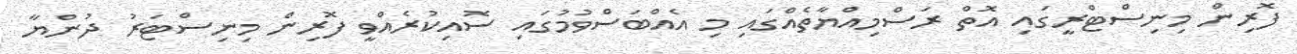
ފޮރިން މިނިސްޓްރީގައި އޮތް ރަސްމިއްޔާތެއްގައި މި އެއްބަސްވުމުގައި ސޮއިކުރެއްވީ ފޮރިން މިނިސްޓަރު ދުންޔާ